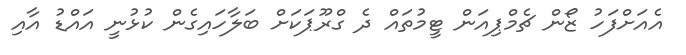
އެއަށްފަހު ޒޯން ޗެމްޕިއަން ޓީމުތައް ދެ ގްރޫޕަކަށް ބަލާހައިގެން ކުޅުނީ އައްޑު އާއި